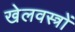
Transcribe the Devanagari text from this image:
खेलवस्त्रों